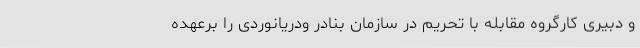
و دبیری کارگروه مقابله با تحریم در سازمان بنادر ودریانوردی را برعهده